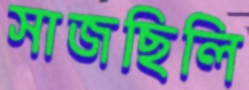
সাজছিলি